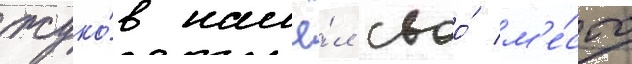
жуко́в нашё́л своо́ м'е́сто